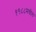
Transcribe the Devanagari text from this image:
१९८८मधील